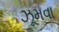
ઝૂમવા